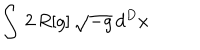
LaTeX: \int \, 2 \, R [ g ] \, \sqrt { - g } \, d ^ { D } x